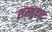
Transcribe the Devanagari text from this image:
शम्भुचन्द्र